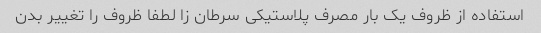
استفاده از ظروف یک بار مصرف پلاستیکی سرطان زا لطفا ظروف را تغییر بدن